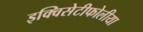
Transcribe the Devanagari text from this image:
इक्विसेटीफोलीया